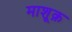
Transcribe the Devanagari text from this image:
माशूक़